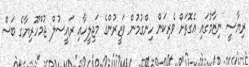
ރިޔާސީ ނިޒާމުގައި އެގޮތަށް ވެރިކަން ހިންގުމުން ވަޒީރުންގެ މަޖިލީހާއި ރައީސުލް ޖުމްހޫރިޔާގެ ބަސް